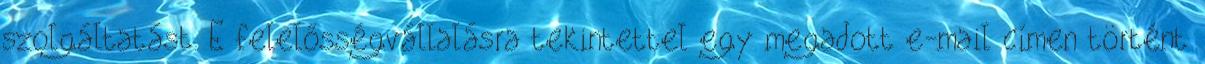
szolgáltatást. E felelősségvállalásra tekintettel egy megadott e-mail címen történt